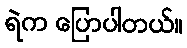
ရဲက ပြောပါတယ်။